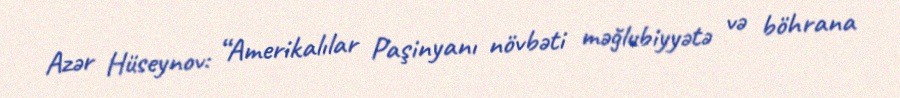
Azər Hüseynov: “Amerikalılar Paşinyanı növbəti məğlubiyyətə və böhrana